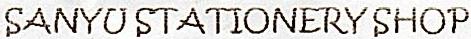
SANYU STATIONERY SHOP